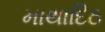
માથાદિઠ